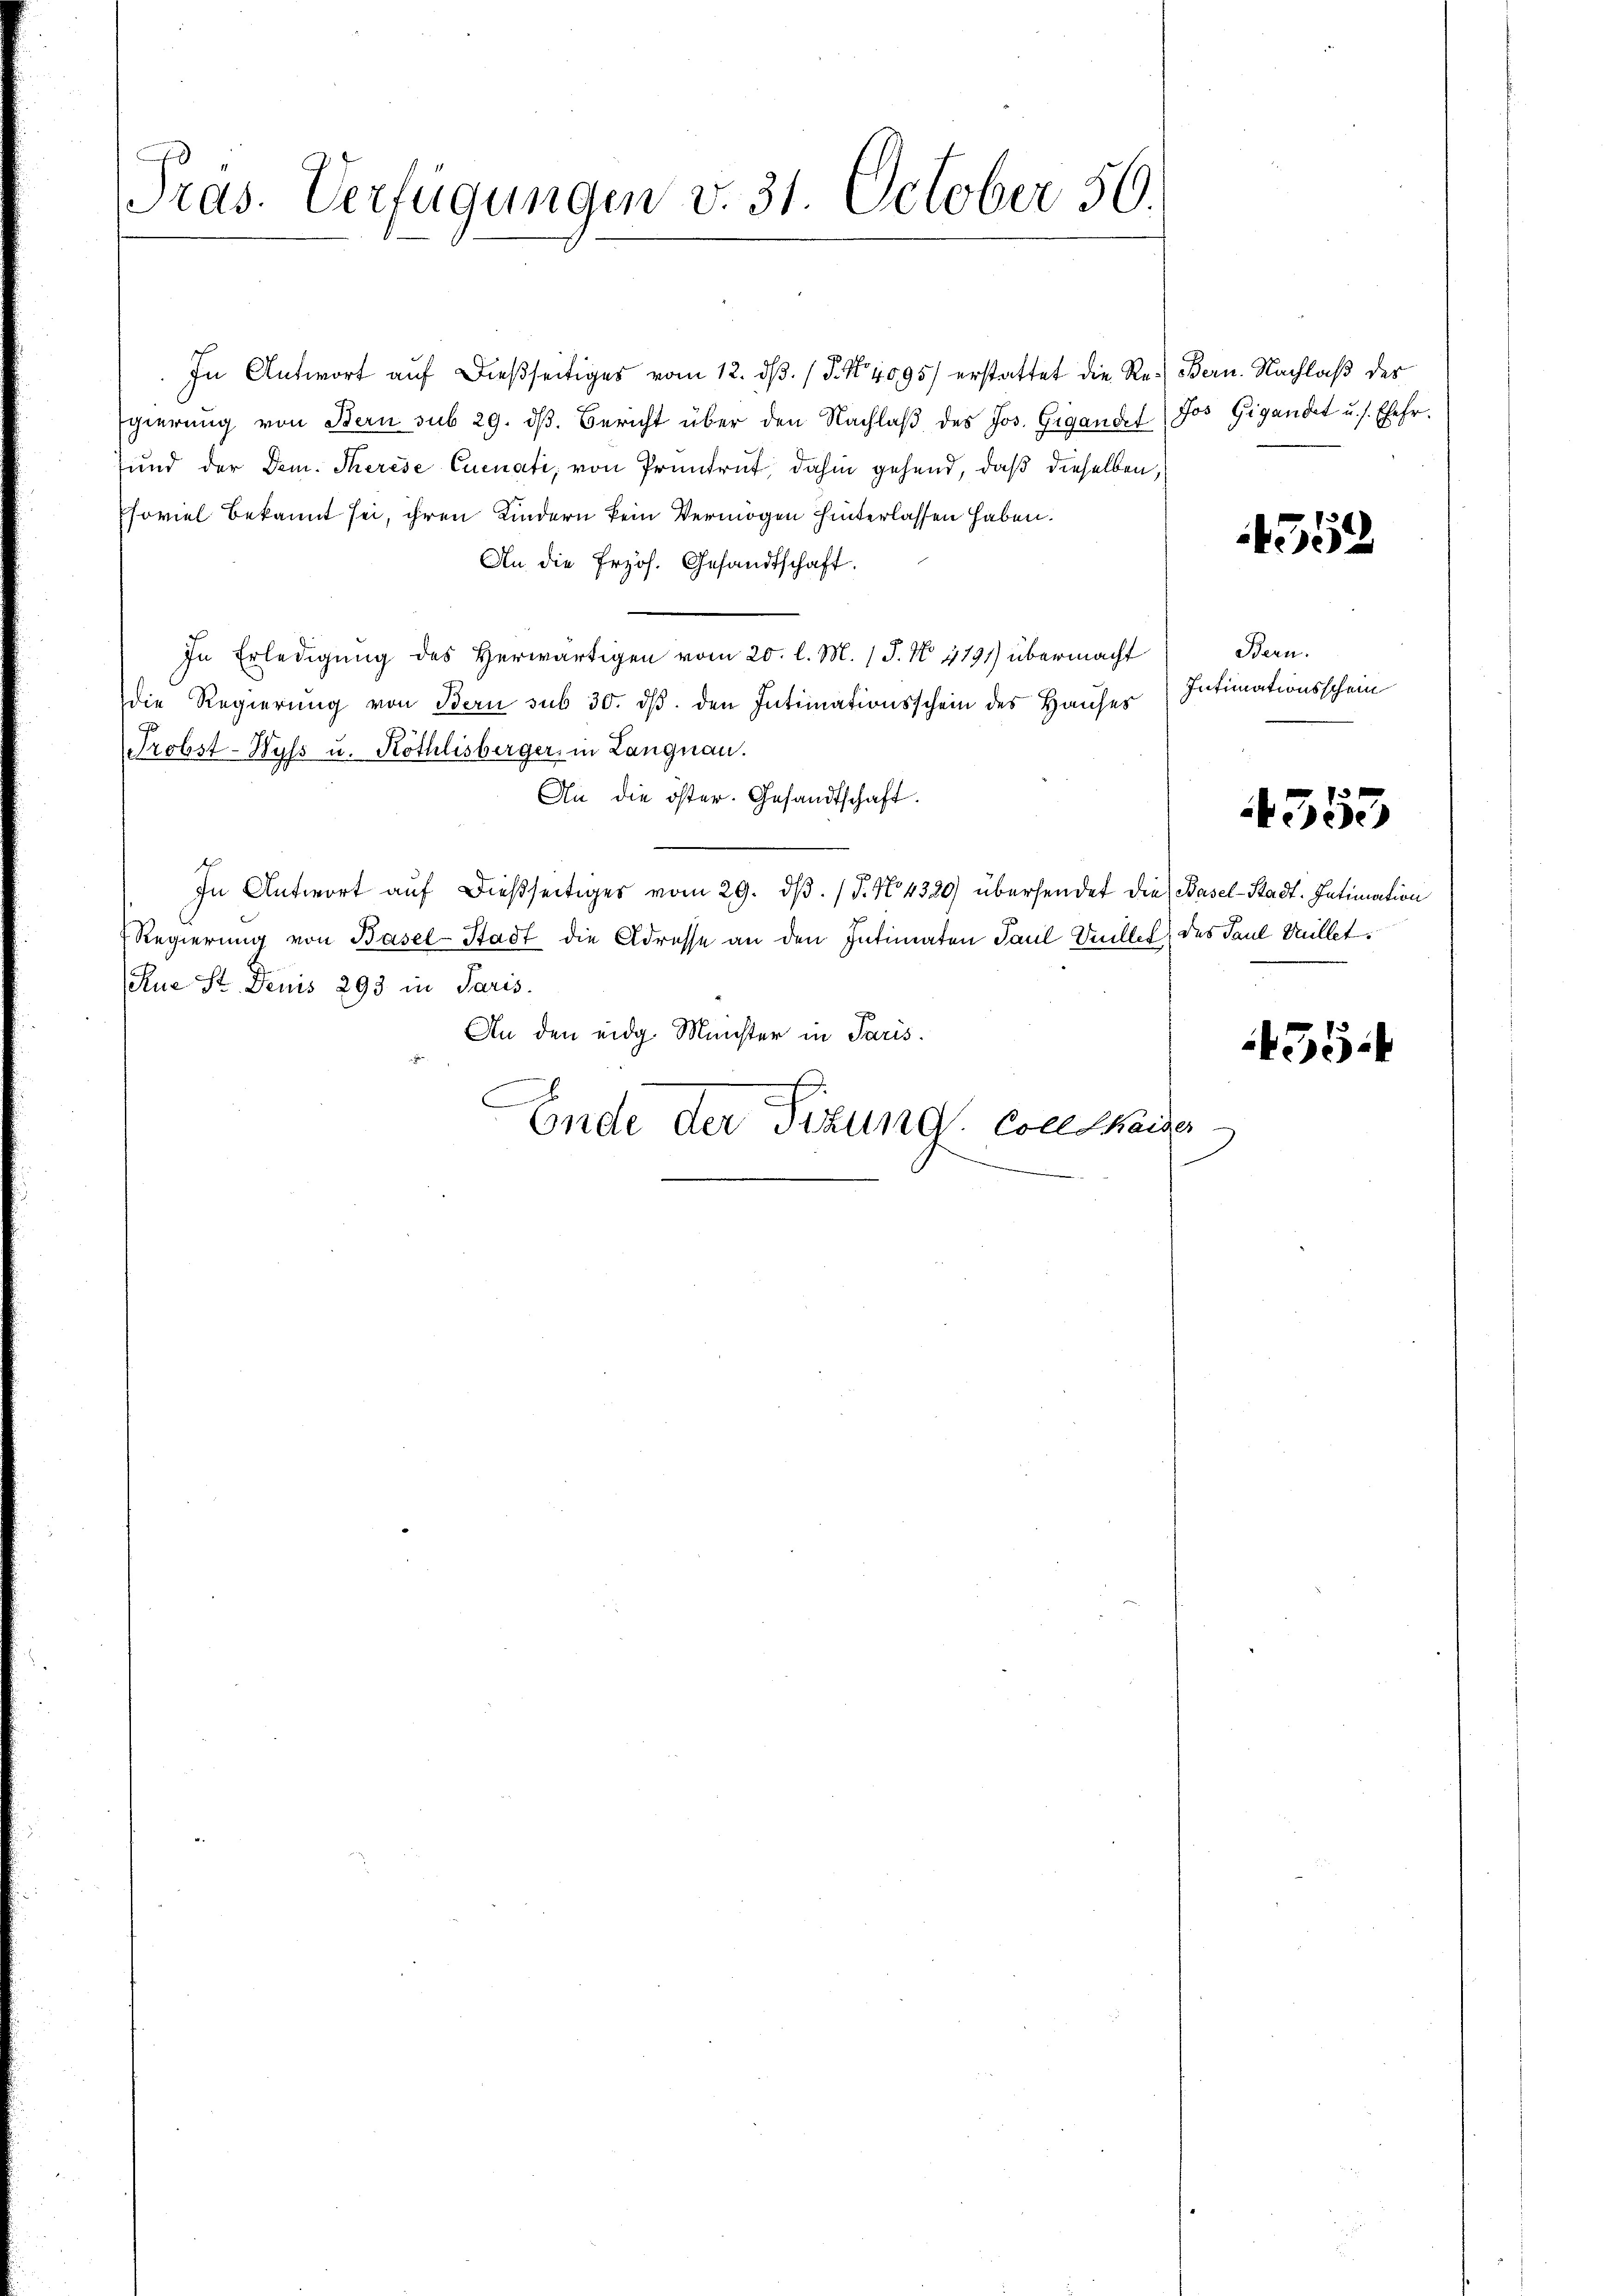
Präs. Verfügungen v. 31. October 56.

In Antwort aŭf dießseitiges vom 12. dβ. / P. Nr. 4095) erstattet die Re- Bern. Nachlaß des
Egierŭng von Bern sub 29. dβ. Bericht über den Nachlaβ des Jos. Gigandet
sund der Dem. Therese Quenati, von Pruntrut, dahin gehend, daß dieselben,
soviel bekannt sei, ihren Kindern kein Vermögen hinterlassen haben.
An die Erzoh. Gesandtschaft.
In Erledigung des Herwärtigen vom 20. l. M. (T. N. 1191) übermacht
die Regierung von Bern sub 30. ds. den Intimationsschein des Hauses
Probst-Wyss u. Kothlisberger in Langnau.
An die öster. Gesandtschaft.
In Antwort aŭf dießseitiges vom 29. dβ. / 5. No. 4320) übersendet die Basel-Stadt. Intimation
Regierung von Basel-Stadt die Adresse an den Intimaten Paul Sittel des Paul Willet.
Rue St. Denis 293 in Paris.
An den eidg. Münster in Paris.
Ende der Titung. Colle kaiser

Jos Gigandet u. s. Ehehr.

4552

Bern.
Intimationsschein

4353

435